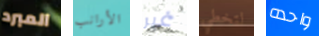
المبرد الأرانب غير لتخطي واحده